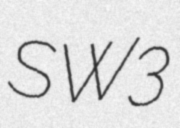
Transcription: SW3